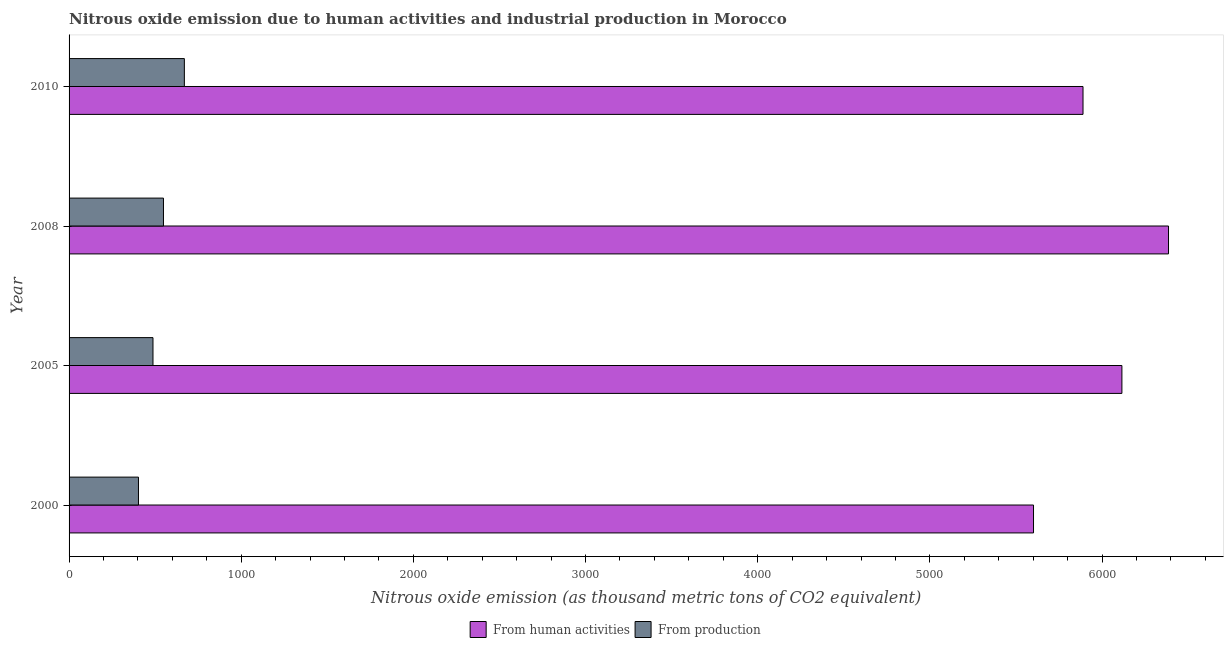
| Year | From human activities | From production |
 | --- | --- | --- |
 | 2000 | 5.6e+03 | 403 |
 | 2005 | 6.12e+03 | 487 |
 | 2008 | 6.39e+03 | 548 |
 | 2010 | 5.89e+03 | 670 |